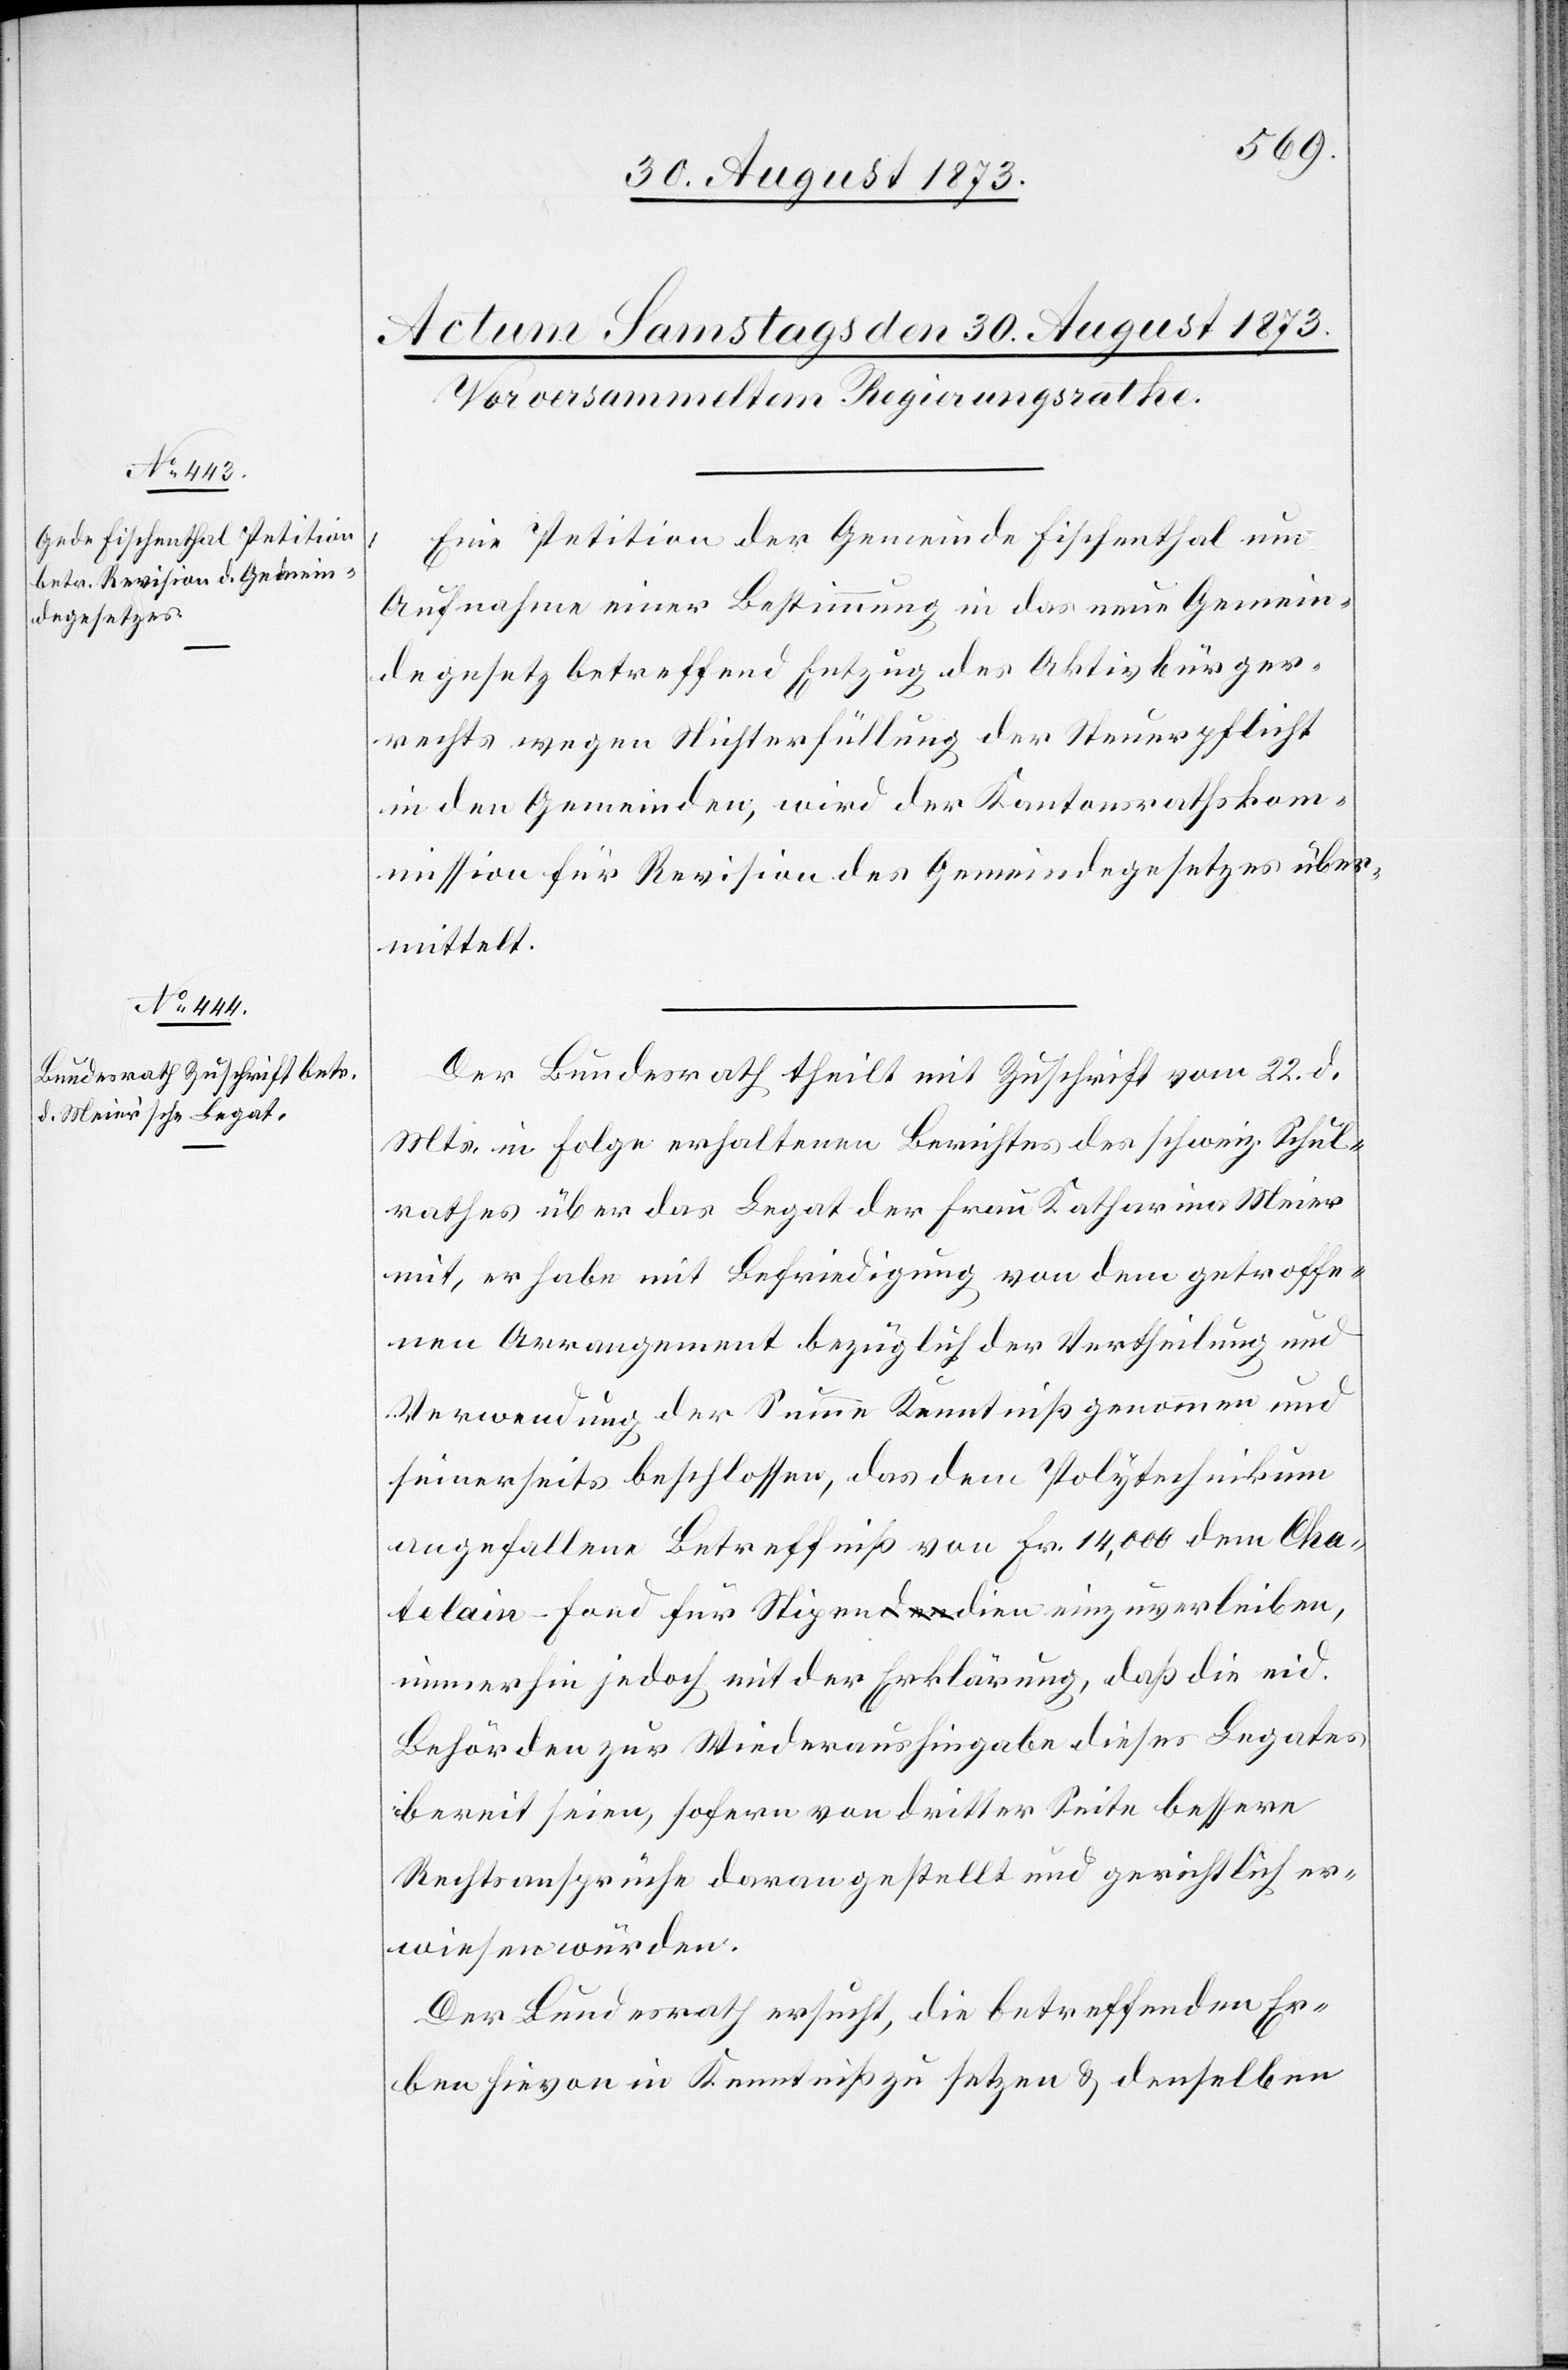
Eine Petition der Gemeinde Fischenthal um
Aufnahme einer Bestimmung in das neue Gemein¬
degesetz betreffend Entzug des Aktivbürger¬
rechts wegen Nichterfüllung der Steuerpflicht
in den Gemeinden, wird der Kantonsrathskom¬
mission für Revision des Gemeindegesetzes über¬
mittelt.
Der Bundesrath theilt mit Zuschrift vom 22. d.
Mts. in Folge erhaltenen Berichtes des schweiz. Schul¬
rathes über das Legat der Frau Katharina Meier
mit, er habe mit Befriedigung von dem getroffe¬
nen Arrangement bezüglich der Vertheilung und
Verwendung der Summe Kenntniß genommen und
seinerseits beschlossen, das dem Polytechnikum
angefallene Betreffniß von Fr. 14,000 dem Cha¬
telain-Fond für Stipendien einzuverleiben,
immerhin jedoch mit der Erklärung, daß die eid.
Behörden zur Wiederaushingabe diese Legates
bereit seien, sofern von dritter Seite bessere
Rechtsansprüche daran gestellt und gerichtlich er¬
wiesen würden.
Der Bundesrath ersucht, die betreffenden Er¬
ben hievon in Kenntniß zu setzen & denselben